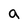
Character: a